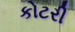
કોટરી